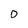
Character: 0